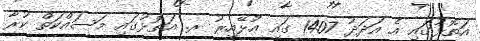
އަތޮޅުގައި އެ އަދަދު 1407 ގައި އުޅޭއިރު ރ. އަތޮޅުގައި މަސައްކަތް ކުރާ